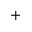
+